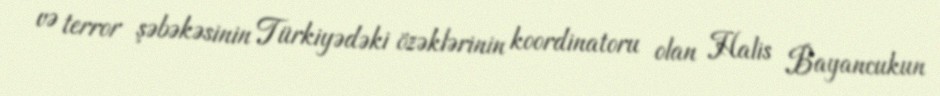
və terror şəbəkəsinin Türkiyədəki özəklərinin koordinatoru olan Halis Bayancukun